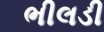
ભીલડી